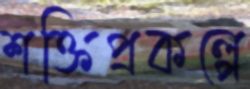
শক্তিপ্রকল্পে